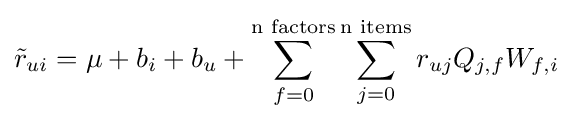
{\tilde {r}}_{ui}=\mu +b_{i}+b_{u}+\sum _{f=0}^{\text{n factors}}\sum _{j=0}^{\text{n items}}r_{uj}Q_{j,f}W_{f,i}